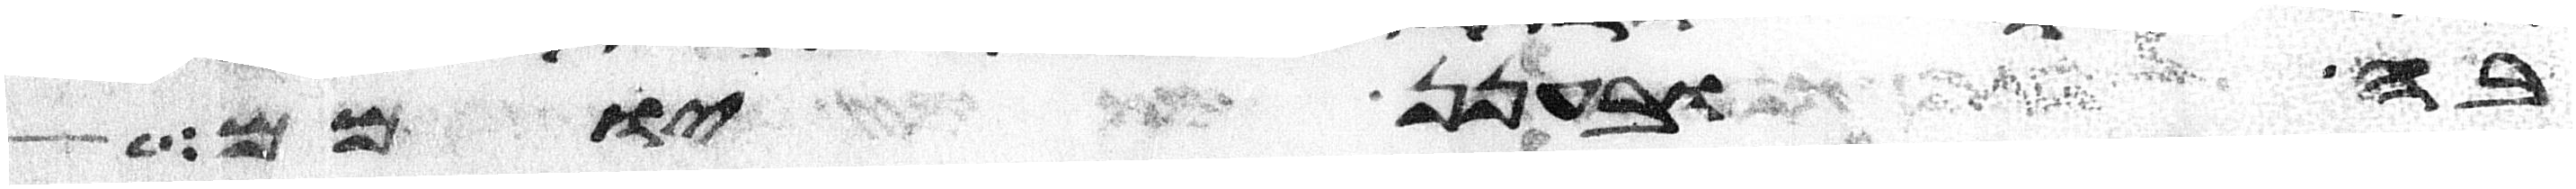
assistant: בה ובענן יומם